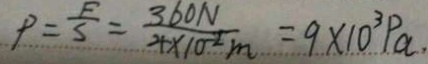
P = \frac { F } { S } = \frac { 3 6 0 N } { 4 \times 1 0 ^ { - 2 } m } = 9 \times 1 0 ^ { 3 } P a .